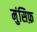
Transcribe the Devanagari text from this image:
मुंसिफ़